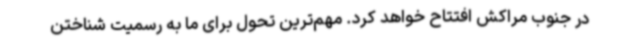
در جنوب مراکش افتتاح خواهد کرد. مهم‌ترین تحول برای ما به رسمیت شناختن